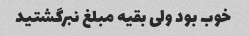
خوب بود ولی بقیه مبلغ نبرگشتید